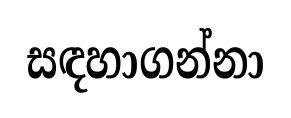
සඳහාගන්නා